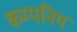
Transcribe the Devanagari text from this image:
कम्पनिय